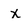
Character: x